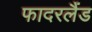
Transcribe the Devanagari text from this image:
फादरलैंड